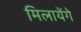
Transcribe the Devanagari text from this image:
मिलायेंगे